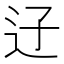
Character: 䢊